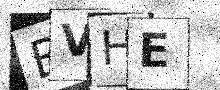
Text: BVHE